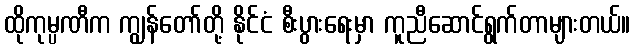
ထိုကုမ္ပဏီက ကျွန်တော်တို့ နိုင်ငံ စီးပွားရေးမှာ ကူညီဆောင်ရွက်တာများတယ်။